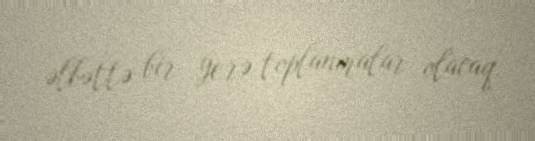
əlbəttə bir yerə toplanmalar olacaq.